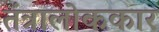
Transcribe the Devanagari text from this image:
तंत्रालोककार